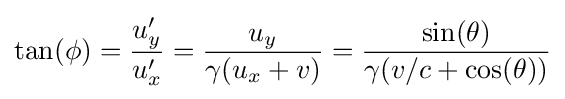
\tan(\phi )={\frac {u_{y}'}{u_{x}'}}={\frac {u_{y}}{\gamma (u_{x}+v)}}={\frac {\sin(\theta )}{\gamma (v/c+\cos(\theta ))}}